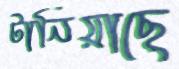
টানিয়াছে